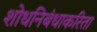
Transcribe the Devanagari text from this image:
शोधनिबंधाकरिता